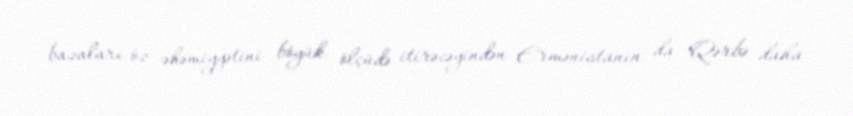
bazaları öz əhəmiyyətini böyük ölçüdə itirəcəyindən Ermənistanın da Qərbə daha